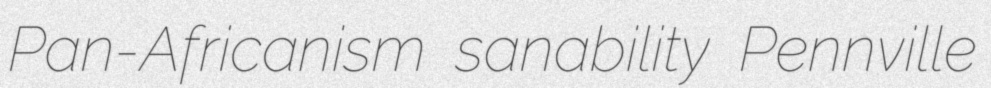
Pan-Africanism sanability Pennville